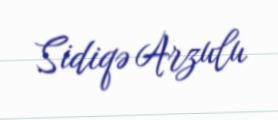
Sidiqə Arzulu